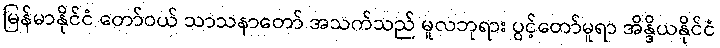
မြန်မာနိုင်ငံ တော်ဝယ် သာသနာတော် အသက်သည် မူလဘုရား ပွင့်တော်မူရာ အိန္ဒိယနိုင်ငံ